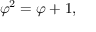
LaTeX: \varphi ^ { 2 } = \varphi + 1 ,